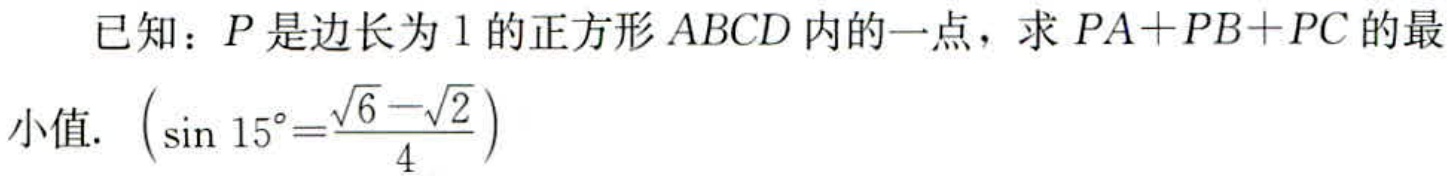
已知：\(P\)是边长为\(1\)的正方形\(ABCD\)内的一点，求\(PA + PB + PC\)的最小值. \(\left(\sin15^{\circ}=\frac{\sqrt{6}-\sqrt{2}}{4}\right)\)